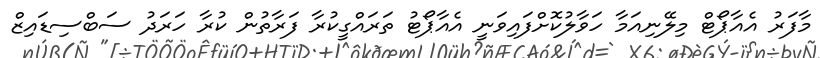
މާފަރު އެއާޕޯޓް މިލޭނިއަމާ ހަވާލުކޮށްފައިވަނީ އެއާޕޯޓު ތަރައްގީކުރާ ފަރާތުން ކުރާ ހަރަދު ސަބްސިޑައިޒް